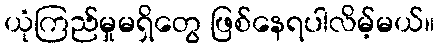
ယုံကြည်မှုမရှိတွေ ဖြစ်နေရပါလိမ့်မယ်။